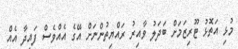
މުޅި އަތޮޅު ޓޫރިޒަމަށް ބަދަލު ވާއިރު ރައްޔިތުންނަށް އޭގެ އެއްވެސް ފައިދާ އެއް